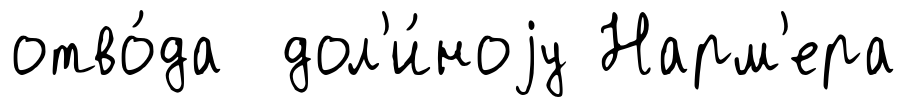
отво́да дол'и́ноjу Нарм'ера